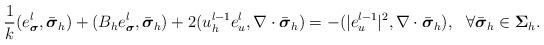
LaTeX: \begin{align*}\displaystyle\frac{1}{k}(e_{\boldsymbol\sigma}^l,\bar{\boldsymbol \sigma}_h) + (B_h e_{\boldsymbol\sigma}^l,\bar{\boldsymbol \sigma}_h)+2(u^{l-1}_h e_u^l,\nabla\cdot\bar{\boldsymbol \sigma}_h)=-(\vert e_u^{l-1}\vert^2,\nabla\cdot\bar{\boldsymbol \sigma}_h), \ \ \forall \bar{\boldsymbol\sigma}_h\in {\boldsymbol \Sigma}_h.\end{align*}